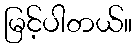
မြင့်ပါတယ်။